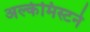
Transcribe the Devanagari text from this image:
अल्केमिस्टने